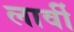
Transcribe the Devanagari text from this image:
लार्वी